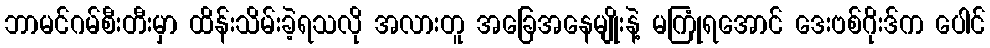
ဘာမင်ဂမ်စီးတီးမှာ ထိန်းသိမ်းခဲ့ရသလို အလားတူ အခြေအနေမျိုးနဲ့ မကြုံရအောင် ဒေးဗစ်ဂိုးဒ်က ပေါင်